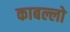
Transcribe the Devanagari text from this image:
काबल्लो